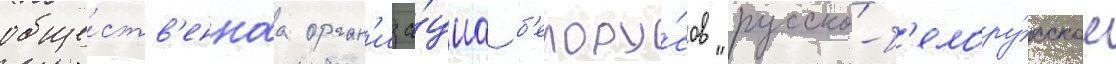
обще́ств'еннаа орган'иза́циа б'елору́сов "русско-б'елору́сское